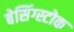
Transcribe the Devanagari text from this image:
बेसिंग्स्टोक